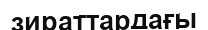
зираттардағы